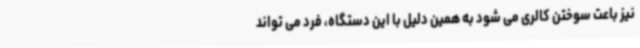
نیز باعت سوختن کالری می شود به همین دلیل با این دستگاه، فرد می تواند